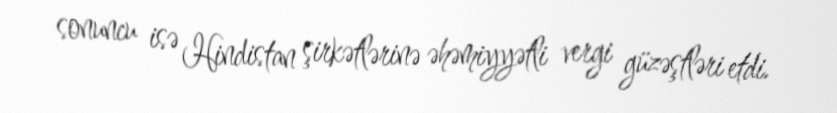
sonuncu isə Hindistan şirkətlərinə əhəmiyyətli vergi güzəştləri etdi.